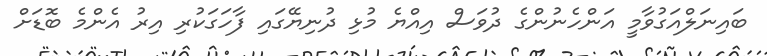
ބައިނަލްއަގުވާމީ އަންހެނުންގެ ދުވަސް އިއްޔެ މުޅި ދުނިޔޭގައި ފާހަގަކުރި އިރު އެންމެ ބޮޑަށް